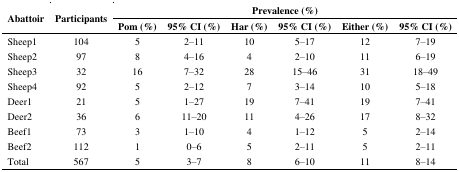
| <ROWSPAN=2> Abattoir | <ROWSPAN=2> Participants | <COLSPAN=6> Prevalence (%) |
 | Pom (%) | 95% CI (%) | Har (%) | 95% CI (%) | Either (%) | 95% CI (%) |
 | --- | --- | --- | --- | --- | --- | --- | --- |
 | Sheep1 | 104 | 5 | 2–11 | 10 | 5–17 | 12 | 7–19 |
 | Sheep2 | 97 | 8 | 4–16 | 4 | 2–10 | 11 | 6–19 |
 | Sheep3 | 32 | 16 | 7–32 | 28 | 15–46 | 31 | 18–49 |
 | Sheep4 | 92 | 5 | 2–12 | 7 | 3–14 | 10 | 5–18 |
 | Deer1 | 21 | 5 | 1–27 | 19 | 7–41 | 19 | 7–41 |
 | Deer2 | 36 | 6 | 11–20 | 11 | 4–26 | 17 | 8–32 |
 | Beef1 | 73 | 3 | 1–10 | 4 | 1–12 | 5 | 2–14 |
 | Beef2 | 112 | 1 | 0–6 | 5 | 2–11 | 5 | 2–11 |
 | Total | 567 | 5 | 3–7 | 8 | 6–10 | 11 | 8–14 |